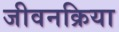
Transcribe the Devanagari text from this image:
जीवनक्रिया